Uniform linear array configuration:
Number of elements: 16
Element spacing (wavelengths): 0.75
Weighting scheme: cosine
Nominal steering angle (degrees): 15
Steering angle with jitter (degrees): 16.439
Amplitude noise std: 0.05
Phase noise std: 0.05

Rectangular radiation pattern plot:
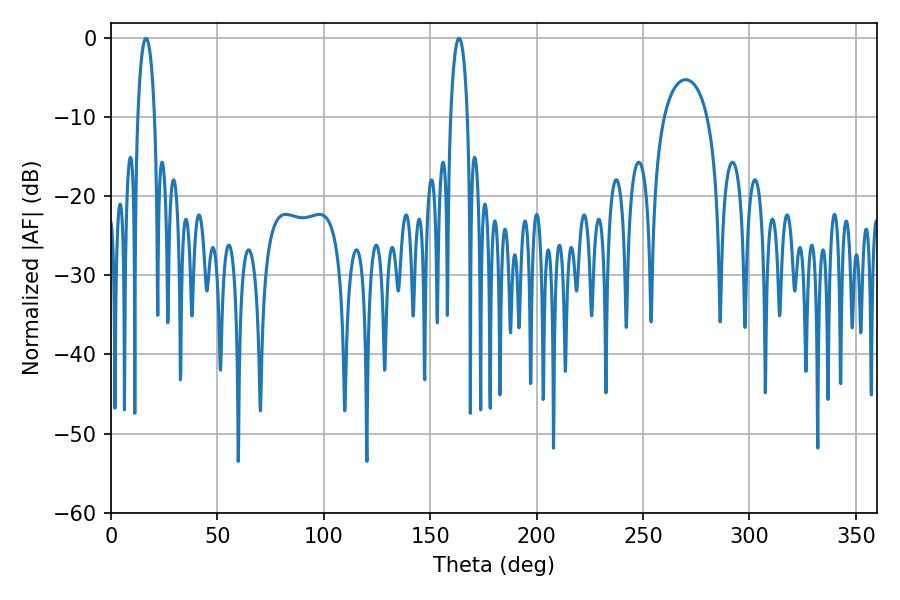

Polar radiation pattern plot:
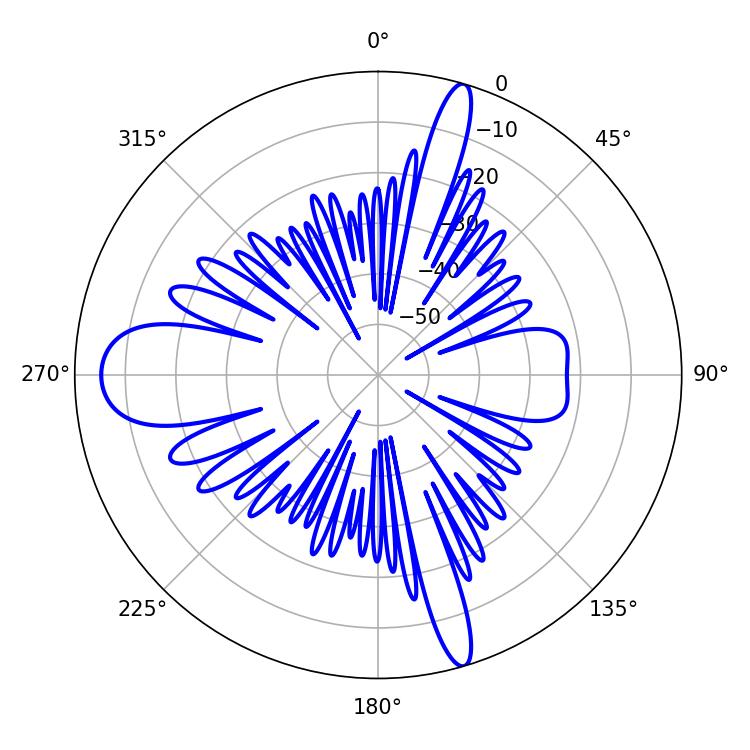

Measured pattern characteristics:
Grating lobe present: TRUE
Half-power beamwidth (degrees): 4.5
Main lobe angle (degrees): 16.38